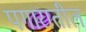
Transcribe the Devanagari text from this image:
पगारातील